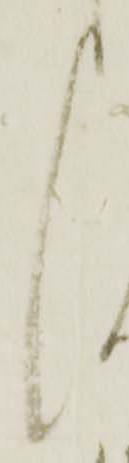
く